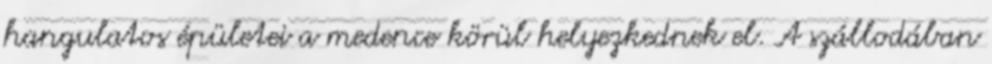
hangulatos épületei a medence körül helyezkednek el. A szállodában